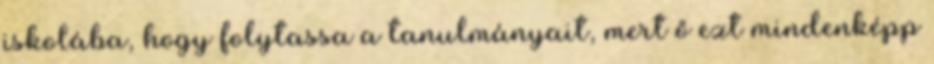
iskolába, hogy folytassa a tanulmányait, mert ő ezt mindenképp